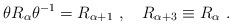
LaTeX: \begin{align*}\theta R_\alpha \theta^{-1}=R_{\alpha+1}~,~~~R_{\alpha+3}\equiv R_\alpha~.\end{align*}